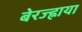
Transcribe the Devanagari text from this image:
बेरज्ह्नाया